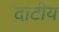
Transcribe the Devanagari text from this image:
दाटीय